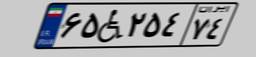
۶۵W۲۵۴۷۴